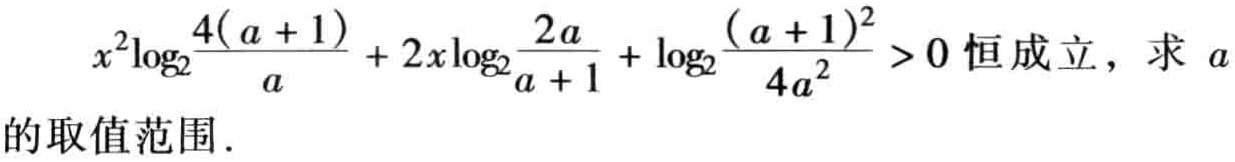
\(x^{2}\log_{2}\frac{4(a + 1)}{a}+2x\log_{2}\frac{2a}{a + 1}+\log_{2}\frac{(a + 1)^{2}}{4a^{2}}>0\)恒成立，求\(a\)的取值范围.